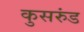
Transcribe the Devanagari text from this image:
कुसरुंड